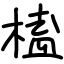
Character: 榼